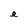
Character: e